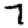
Digit: 7